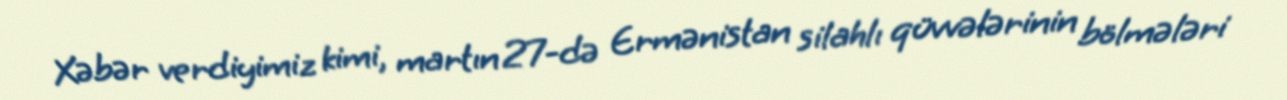
Xəbər verdiyimiz kimi, martın 27-də Ermənistan silahlı qüvvələrinin bölmələri